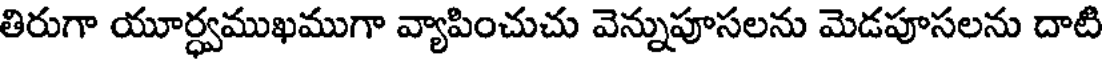
తిరుగా యూర్ధ్వముఖముగా వ్యాపించుచు వెన్నుపూసలను మెడపూసలను దాటి